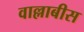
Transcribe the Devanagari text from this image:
वाल्लाबीस